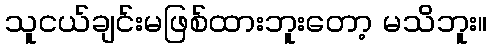
သူငယ်ချင်းမဖြစ်ထားဘူးတော့ မသိဘူး။